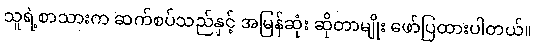
သူရဲ့စာသားက ဆက်စပ်သည်နှင့် အမြန်ဆုံး ဆိုတာမျိုး ဖော်ပြထားပါတယ်။